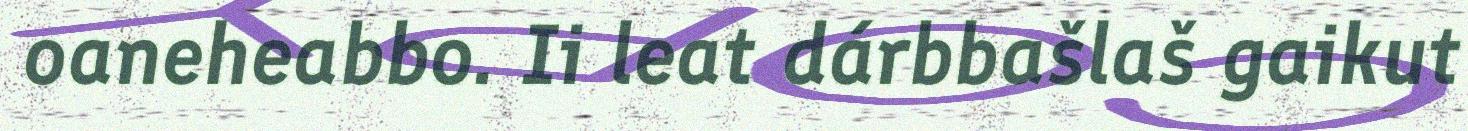
oaneheabbo. Ii leat dárbbašlaš gaikut